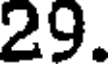
29.